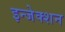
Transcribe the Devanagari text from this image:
इन्‍जेक्‍शन